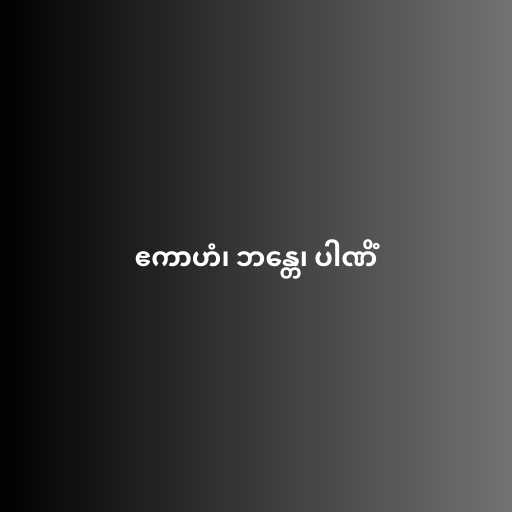
ဧကာဟံ၊ ဘန္တေ၊ ပါဏိံ